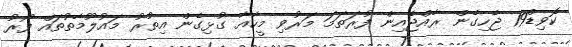
ކޮވިޑް19 ޖެހިގެން ރާއްޖެއިން ފުރަތަމަ މަރުވި މީހާއާ ގުޅިގެން އިތުރު މައުލޫމާތުތައް ފޯރު